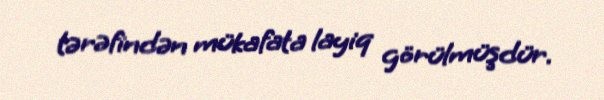
tərəfindən mükafata layiq görülmüşdür.